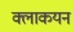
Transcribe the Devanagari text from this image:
क्लाकयन